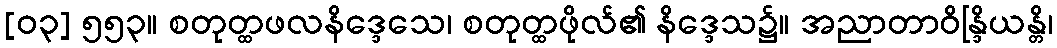
[၀၃] ၅၅၃။ စတုတ္ထဖလနိဒ္ဒေသေ၊ စတုတ္ထဖိုလ်၏ နိဒ္ဒေသ၌။ အညာတာဝိန္ဒြိယန္တိ၊